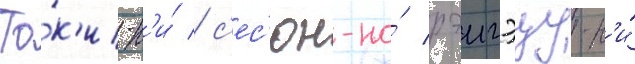
То́к'и-н'и́ / с'ес'юн-но́ рэигэцу-н'и́